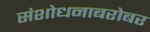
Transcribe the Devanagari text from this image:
संशोधनाबरोबर